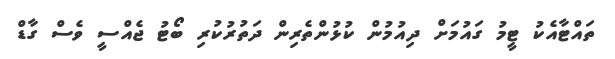
ތައްޓާއެކު ޓީމު ގައުމަށް ދިއުމުން ކުޅުންތެރިން ދަތުރުކުރި ބޯޓު ޖެއްސީ ވެސް ގާޑް